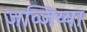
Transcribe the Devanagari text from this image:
जव्जिय्या